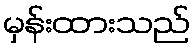
မှန်းထားသည်